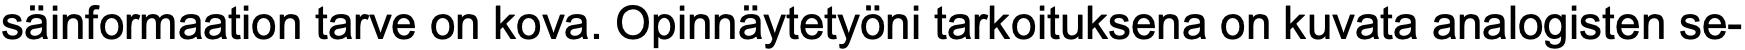
säinformaation tarve on kova. Opinnäytetyöni tarkoituksena on kuvata analogisten se-